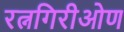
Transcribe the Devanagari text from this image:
रत्नगिरीओण